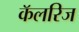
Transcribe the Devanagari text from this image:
कॅलरिज